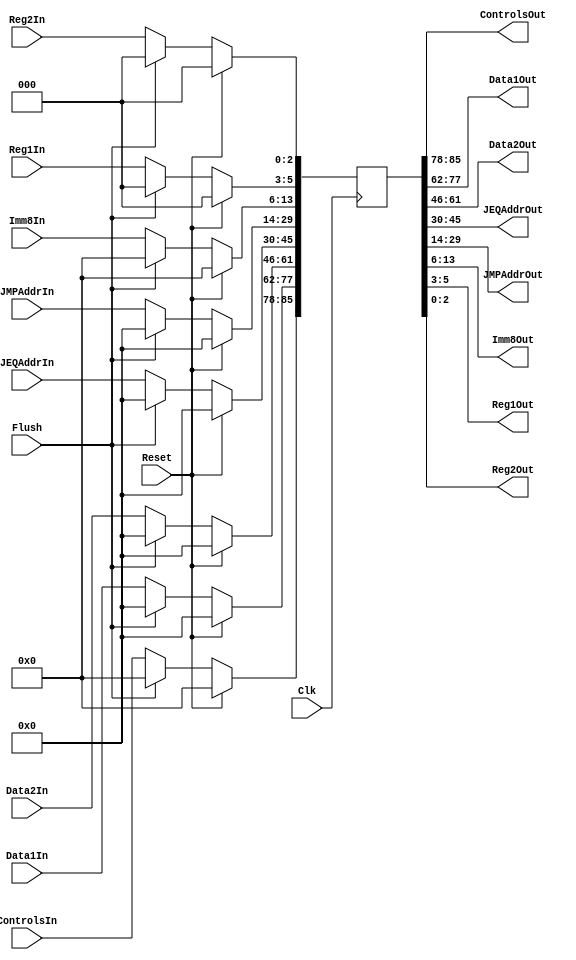
module ID_EX(Clk,Reset,Flush,ControlsIn,Data1In,Data2In,JEQAddrIn,JMPAddrIn,Imm8In,Reg1In,Reg2In,ControlsOut,Data1Out,Data2Out,JEQAddrOut,JMPAddrOut,Imm8Out,Reg1Out,Reg2Out);
input Clk,Reset,Flush;
input[7:0]ControlsIn;
input[15:0]Data1In;
input[15:0]Data2In;
input[15:0]JEQAddrIn;
input[15:0]JMPAddrIn;
input[7:0]Imm8In;
input[2:0]Reg1In;
input[2:0]Reg2In;
output[7:0]ControlsOut;
output[15:0]Data1Out;
output[15:0]Data2Out;
output[15:0]JEQAddrOut;
output[15:0]JMPAddrOut;
output[7:0]Imm8Out;
output[2:0]Reg1Out;
output[2:0]Reg2Out;

reg[85:0]R;
assign ControlsOut=R[85:78];
assign Data1Out=R[77:62];
assign Data2Out=R[61:46];
assign JEQAddrOut=R[45:30];
assign JMPAddrOut=R[29:14];
assign Imm8Out=R[13:6];
assign Reg1Out=R[5:3];
assign Reg2Out=R[2:0];

always@(posedge Clk)
begin
if(Reset)R<=0;
else if(Flush)R<=0;
else 
begin 
R[85:78]<=ControlsIn;
R[77:62]<=Data1In;
R[61:46]<=Data2In;
R[45:30]<=JEQAddrIn;
R[29:14]<=JMPAddrIn;
R[13:6]<=Imm8In;
R[5:3]<=Reg1In;
R[2:0]<=Reg2In;
end
end
endmodule